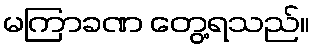
မကြာခဏ တွေ့ရသည်။